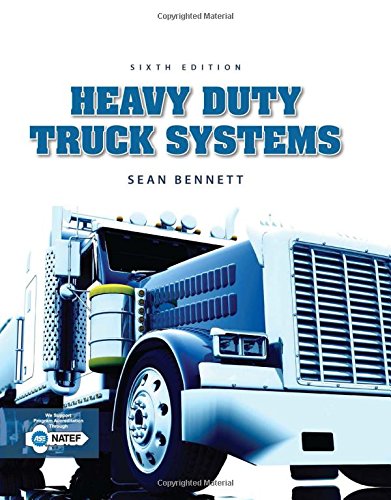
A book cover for Heavy Duty Truck Systems; Sean Bennett; Engineering & Transportation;